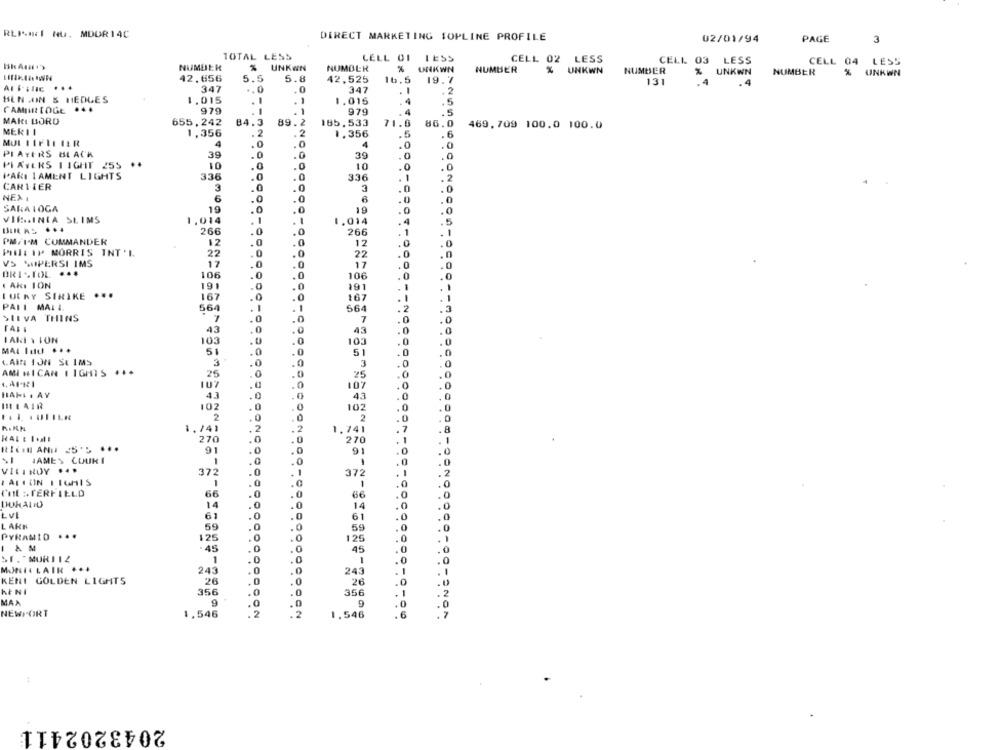
RLINKI NG. MDUR14C
DIRECT MARKETING SOPLINE PROFILE
02/01/94
PAGE
3
TOTAL LESS
LELL 01
LESS
CELL 02
LESS
CELL 03 LESS
CELL 04
LESS
NUMBER
% UNKWN
NUMBER
%
UNKWN
NUMBER
%
UNKWN
NUMBER
UNKWN
NUMBER
% UNKWN
42.656
5.5
5.8
42,525
16.5
19.7
131
.4
.4
347
.0
347
. 2
BEN JOIN & HEDLES
1.015
-
.
1.015
.5
CAMIIN [ OGE
...
979
979
4
MARI LORO
655,242
84.3
89.2
185.533
71.0
86.0 469.709 100.0 100.0
MERII
1,356
. 2
2
1.356
.5
.6
MUL LIFIL IER
4
4
.0
PLAYERS BLACK
39
39
.0
.0
.0
PLAYERS LIGHT 255
10
0
0
10
.0
.0
.0
PAR LAMENT LIGHTS
336
.0
336
-
.2
.2
CARTIER
3
0
3
.0
. 0
NEX 1
6
.0
SARATOGA
19
19
. 0
.0
VIE.INIA SLIMS
1,014
1.014
266
.0
.0
266
1
PM.I'M COMMANDER
12
.0
12
.0
PINHLIP MORRIS INT'L
22
.0
22
n
VS SAPERSI IMS
17
17
.0
0
0
BRISTOL .
106
106
.0
· AKI ION
191
0
191
IUERY SIRIKE ...
167
167
--
PALI MAIL
564
564
.2
SLEVA THINS
7
.0
.0
7
0
43
43
0
103
.0
103
.0
MAL I ... ...
51
.0
51
KARLIJN SE IMS
.0
3
3
0
0
AMI NICAN 1 IGHTS ***
25
25
0
107
107
0
HAHL . AY
43
.0
.0
4.3
0
.0
BEL AIR
.0
.0
102
102
.0
.. l .UTILE
2
2
1.741
2
.8
270
.0
. 0
270
1
91
.0
.0
91
.0
JAMES COURI
1
.0
.0
1
.0
.0
VICINOY .
372
.0
.
-
372
1
0
.0
TIL STERFIELD
66
.0
66
.0
001
DUKADIU
14
.0
14
.0
LVI
61
.0
61
.0
LAKK
59
.0
0
59
PYRAMID ...
125
.0
0
125
I AM
.45
45
.
ST. MORITZ
.0
1
.0
MURIELAIR ...
243
.0
243
. 1
.
KENI GOLDEN LIGHTS
26
26
.0
Kč NI
356
0
356
n
MAX
9
.0
NEWPORT
1,546
2
1.546
. 6
DO -ANON
2043202411